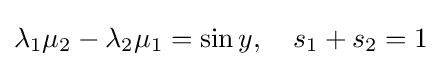
\lambda _{1}\mu _{2}-\lambda _{2}\mu _{1}=\sin y,\quad s_{1}+s_{2}=1